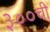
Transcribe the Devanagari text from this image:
३००ची